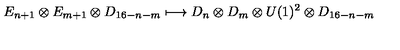
E _ { n + 1 } \otimes E _ { m + 1 } \otimes D _ { 1 6 - n - m } \longmapsto D _ { n } \otimes D _ { m } \otimes U ( 1 ) ^ { 2 } \otimes D _ { 1 6 - n - m }